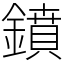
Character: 鐼